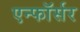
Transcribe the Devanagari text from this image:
एन्फाॅर्सर